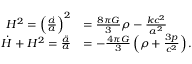
{ \begin{array} { r l } { H ^ { 2 } = \left( { \frac { \dot { a } } { a } } \right) ^ { 2 } } & { = { \frac { 8 \pi G } { 3 } } \rho - { \frac { k c ^ { 2 } } { a ^ { 2 } } } } \\ { { \dot { H } } + H ^ { 2 } = { \frac { \ddot { a } } { a } } } & { = - { \frac { 4 \pi G } { 3 } } \left( \rho + { \frac { 3 p } { c ^ { 2 } } } \right) . } \end{array} }